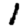
Digit: 1